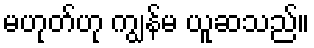
မဟုတ်ဟု ကျွန်မ ယူဆသည်။